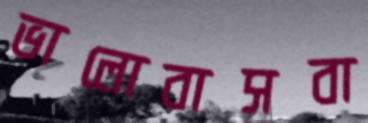
ভালোবাসবা